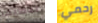
اعطيها رحمي